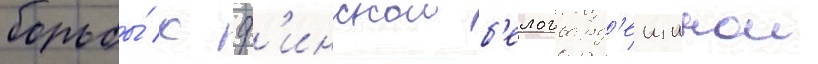
борьбы́ с ф'инскои б'елогвард'еищинои